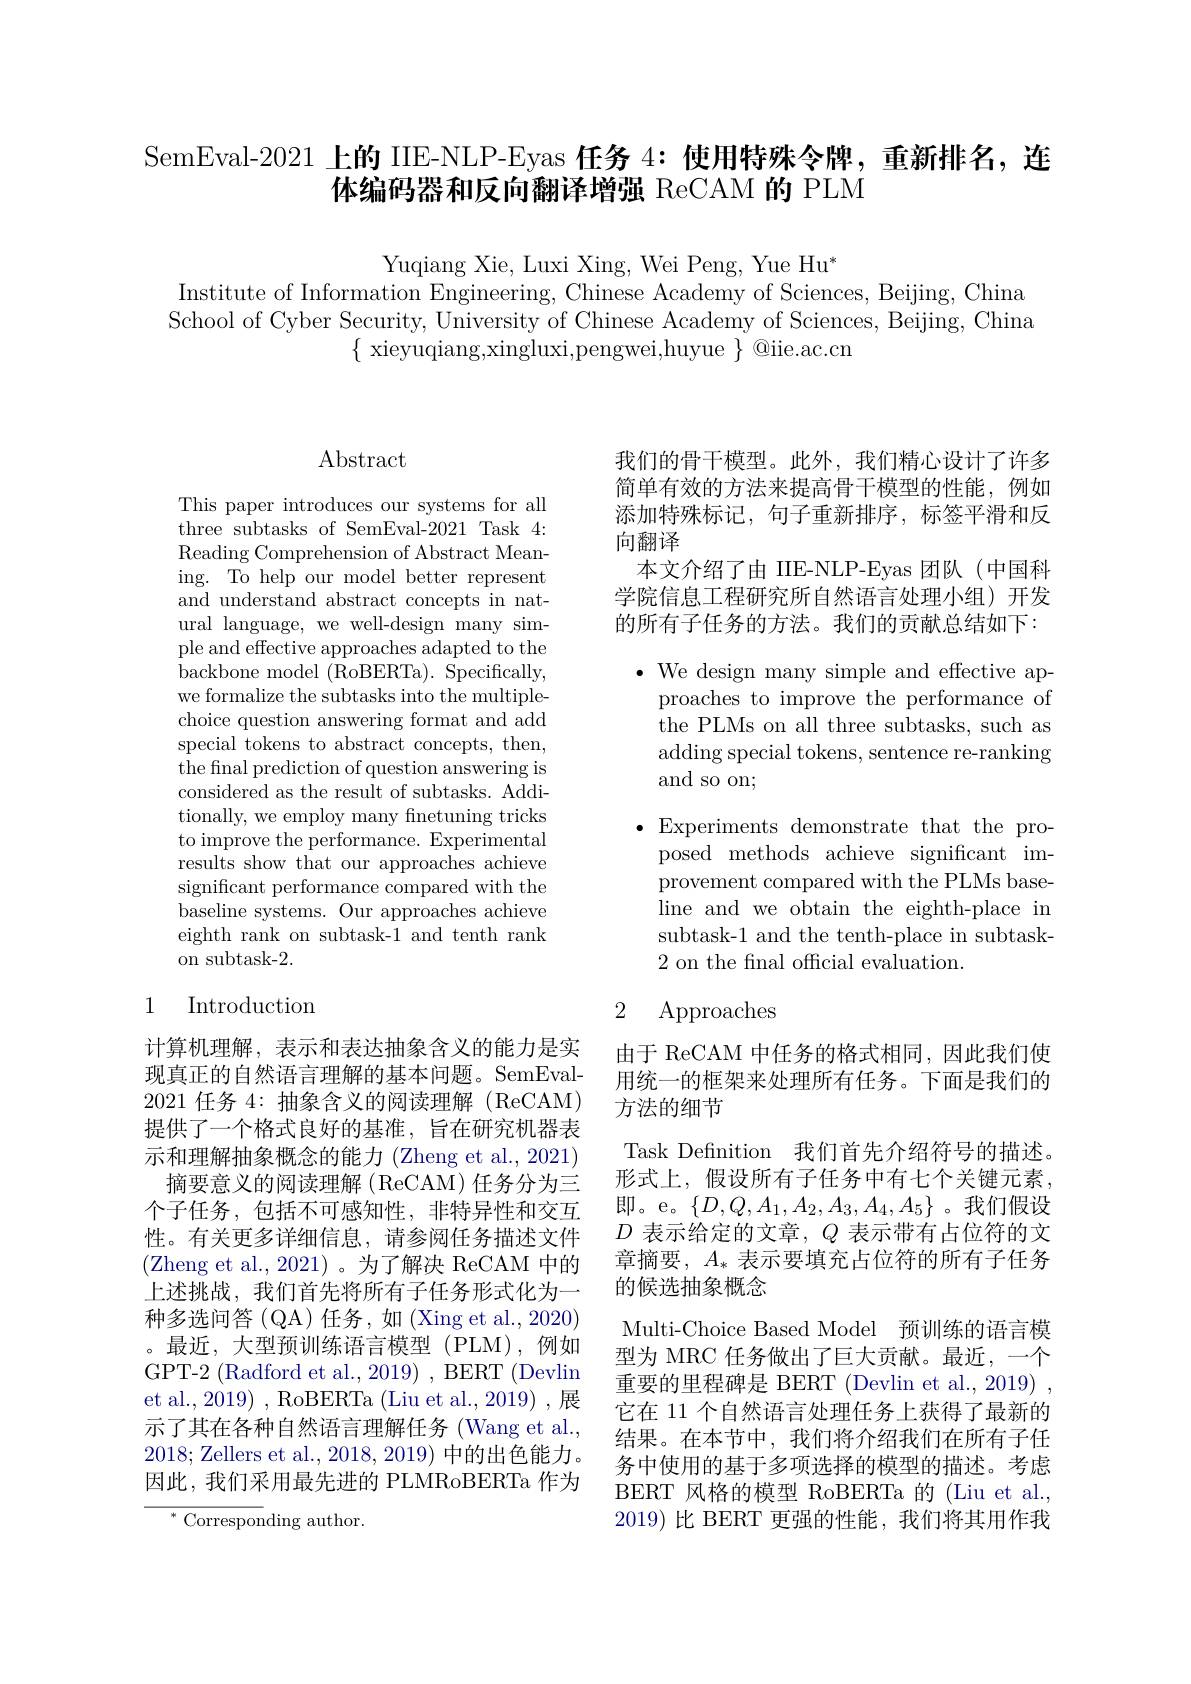
SemEval-2021 上的 IIE-NLP-Eyas 任务 4: 使用特殊令牌，重新排名，连
体编码器和反向翻译增强 ReCAM 的 PLM

Yuqiang Xie, Luxi Xing, Wei Peng, Yue Hu*
Institute of Information Engineering, Chinese Academy of Sciences, Beijing, China School of Cyber Security, University of Chinese Academy of Sciences, Beijing, China
$\{$ xieyuqiang,xingluxi,pengwei,huyue $\}$@iie.ac.cn

## $\operatorname{Abstract}$

This paper introduces our systems for all three subtasks of SemEval-2021 Task 4: Reading Comprehension of Abstract Meaning. To help our model better represent and understand abstract concepts in natural language, we well-design many simple and effective approaches adapted to the backbone model (RoBERTa). Specifically, we formalize the subtasks into the multiplechoice question answering format and add special tokens to abstract concepts, then, the final prediction of question answering is considered as the result of subtasks. Additionally, we employ many fnetuning tricks to improve the performance. Experimental results show that our approaches achieve significant performance compared with the baseline systems. Our approaches achieve eighth rank on subtask-1 and tenth rank on subtask-2.

## 1 Introduction

计算机理解，表示和表达抽象含义的能力是实现真正的自然语言理解的基本问题。SemEval- 2021任务 4:抽象含义的阅读理解(ReCAM) 提供了一个格式良好的基准，旨在研究机器表示和理解抽象概念的能力 (Zheng et al., 2021) 摘要意义的阅读理解(ReCAM)任务分为三个子任务，包括不可感知性，非特异性和交互性。有关更多详细信息，请参阅任务描述文件(Zheng et al.,2021)。为了解决 ReCAM 中的上述挑战，我们首先将所有子任务形式化为一种多选问答(QA)任务，如(Xing et al., 2020) 。最近，大型预训练语言模型(PLM),例如GPT-2 (Radford et al., 2019) , BERT (Devlin et al., 2019) , RoBERTa (Liu et al., 2019) ,展示了其在各种自然语言理解任务 (Wang et al., 2018; Zellers et al., 2018, 2019) 中的出色能力。因此，我们采用最先进的 PLMRoBERTa 作为
$^{*}$ Corresponding author.

我们的骨干模型。此外，我们精心设计了许多简单有效的方法来提高骨干模型的性能，例如添加特殊标记，句子重新排序，标签平滑和反向翻译
本文介绍了由 IIE-NLP-Eyas 团队(中国科学院信息工程研究所自然语言处理小组)开发的所有子任务的方法。我们的贡献总结如下：

$\bullet$ We design many simple and effective ap-
proaches to improve the performance of the PLMs on all three subtasks, such as adding special tokens, sentence re-ranking and so on;
$\bullet$Experiments demonstrate that the pro-
posed methods achieve significant improvement compared with the PLMs baseline and we obtain the eighth-place in subtask-1 and the tenth-place in subtask- 2 on the final official evaluation.

## 2 Approaches

由于 ReCAM 中任务的格式相同，因此我们使用统一的框架来处理所有任务。下面是我们的方法的细节

Task Defnition 我们首先介绍符号的描述。形式上，假设所有子任务中有七个关键元素， 即。e。$\{D,Q,A_1,A_2,A_3,A_4,A_5\}$。我们假设$D$表示给定的文章，$Q$表示带有占位符的文章摘要，$A_*$表示要填充占位符的所有子任务的候选抽象概念
Multi-Choice Based Model 预训练的语言模型为 MRC 任务做出了巨大贡献。最近，一个重要的里程碑是 BERT (Devlin et al., 2019) , 它在 11 个自然语言处理任务上获得了最新的结果。在本节中，我们将介绍我们在所有子任务中使用的基于多项选择的模型的描述。考虑BERT 风格的模型 RoBERTa 的 (Liu et al., 2019)比 BERT 更强的性能，我们将其用作我